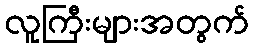
လူကြီးများအတွက်